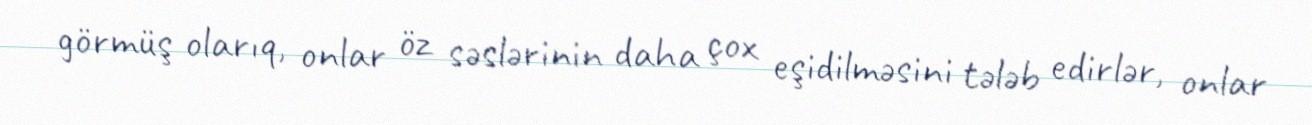
görmüş olarıq, onlar öz səslərinin daha çox eşidilməsini tələb edirlər, onlar